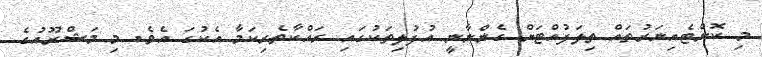
މި ކޮންޓެއިނަރުތައް ތިލަފުއްޓަށް ގެންނާނީ އުފުލިތަކުގައި ރައްކާތެރިކަމާ އެކުގަ އެވެ. މި މަޝްރޫއުގެ